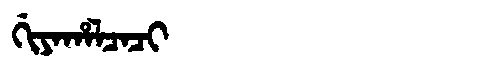
Manchu: ᡤᡳᠶᠠᡥᠠᠯᠴᠠᠴᡳ
Romanization: GIYAHALCACI